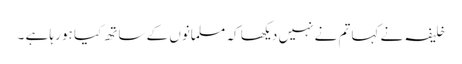
خلیفہ نے کہا تم نے نہیں دیکھا کہ مسلمانوں کے ساتھ کیا ہو رہا ہے ۔